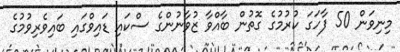
މިނިވަން 50 ފާހަގަ ކުރުމުގެ ގޮތުން ބާއްވާ ޒުވާނުންގެ ސްކައި ޑައިވްގައި ބައިވެރިވުމުގެ